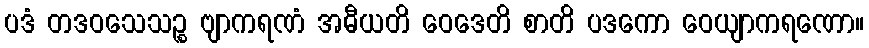
ပဒံ တဒဝသေသဉ္စ ဗျာကရဏံ အဓီယတိ ဝေဒေတိ စာတိ ပဒကော ဝေယျာကရဏော။